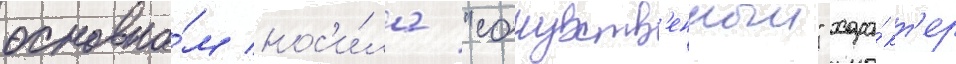
основно́м нос'и́ла "сочувств'енныи" хара́кт'ер